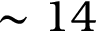
\sim 1 4